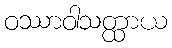
ဝဿာဝါသတ္ထာယ